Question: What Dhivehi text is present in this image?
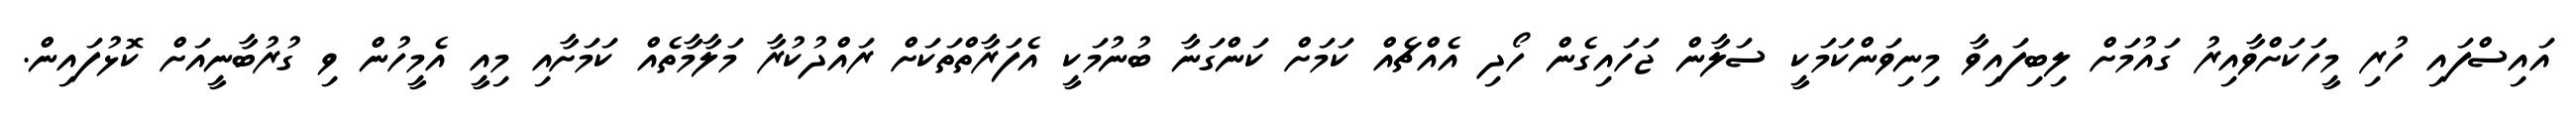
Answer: އައިސްފައި ހުރި މީހަކަށްވާއިރު ގައުމަށް ލިބިފައިވާ މިނިވަންކަމަކީ ސަލާން ޖަހައިގެން ހޯދި އެއްޗެއް ކަމަށް ކަންގަނާ ބުނުމަކީ އެފަރާތްތަކަށް ރައްދުކުރާ މަލާމާތެއް ކަމަށާއި މިއީ އެމީހުން ވި ގުރުބާނީއަށް ކޮޅުފައިން.